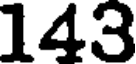
143